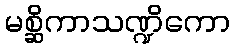
မစ္ဆိကာသဏ္ဍိကော